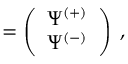
{ \bf \Psi } = \left( \begin{array} { c } { { \Psi ^ { ( + ) } } } \\ { { \Psi ^ { ( - ) } } } \end{array} \right) \; ,